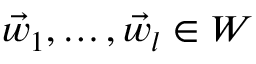
\vec { w } _ { 1 } , \dotsc , \vec { w } _ { l } \in W